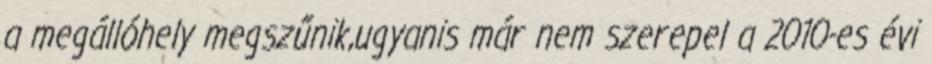
a megállóhely megszűnik,ugyanis már nem szerepel a 2010-es évi